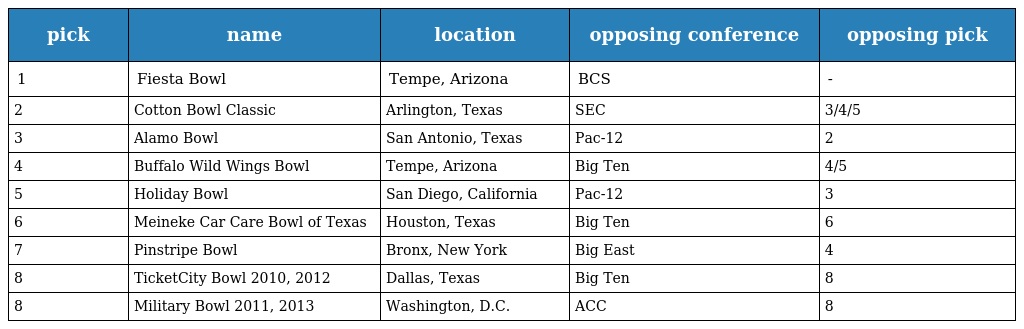
| pick | name | location | opposing conference | opposing pick |
 | --- | --- | --- | --- | --- |
 | 1 | Fiesta Bowl | Tempe, Arizona | BCS | - |
 | 2 | Cotton Bowl Classic | Arlington, Texas | SEC | 3/4/5 |
 | 3 | Alamo Bowl | San Antonio, Texas | Pac-12 | 2 |
 | 4 | Buffalo Wild Wings Bowl | Tempe, Arizona | Big Ten | 4/5 |
 | 5 | Holiday Bowl | San Diego, California | Pac-12 | 3 |
 | 6 | Meineke Car Care Bowl of Texas | Houston, Texas | Big Ten | 6 |
 | 7 | Pinstripe Bowl | Bronx, New York | Big East | 4 |
 | 8 | TicketCity Bowl 2010, 2012 | Dallas, Texas | Big Ten | 8 |
 | 8 | Military Bowl 2011, 2013 | Washington, D.C. | ACC | 8 |